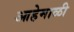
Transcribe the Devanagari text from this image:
आहेमाळी